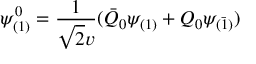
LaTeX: \psi _ { ( 1 ) } ^ { 0 } = \frac { 1 } { \sqrt { 2 } v } ( \bar { Q } _ { 0 } \psi _ { ( 1 ) } + Q _ { 0 } \psi _ { ( \bar { 1 } ) } )